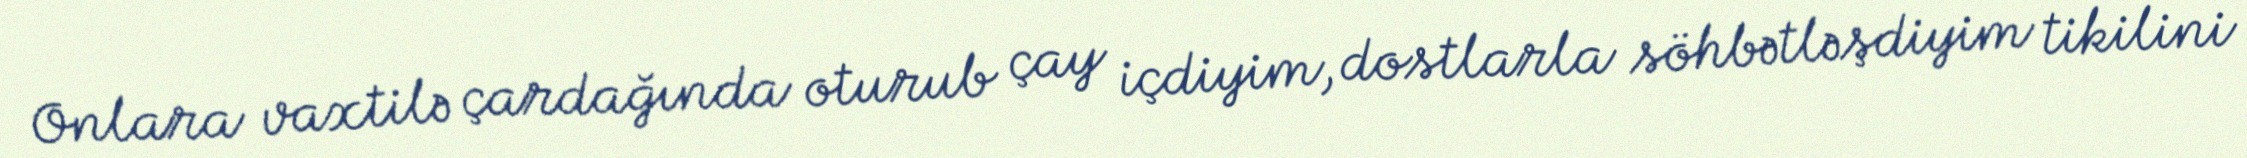
Onlara vaxtilə çardağında oturub çay içdiyim, dostlarla söhbətləşdiyim tikilini